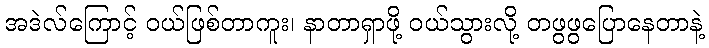
အဒဲလ်ကြောင့် ဝယ်ဖြစ်တာကူး၊ နာတာရှာဖို့ ဝယ်သွားလို့ တဖွဖွပြောနေတာနဲ့